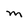
Character: M